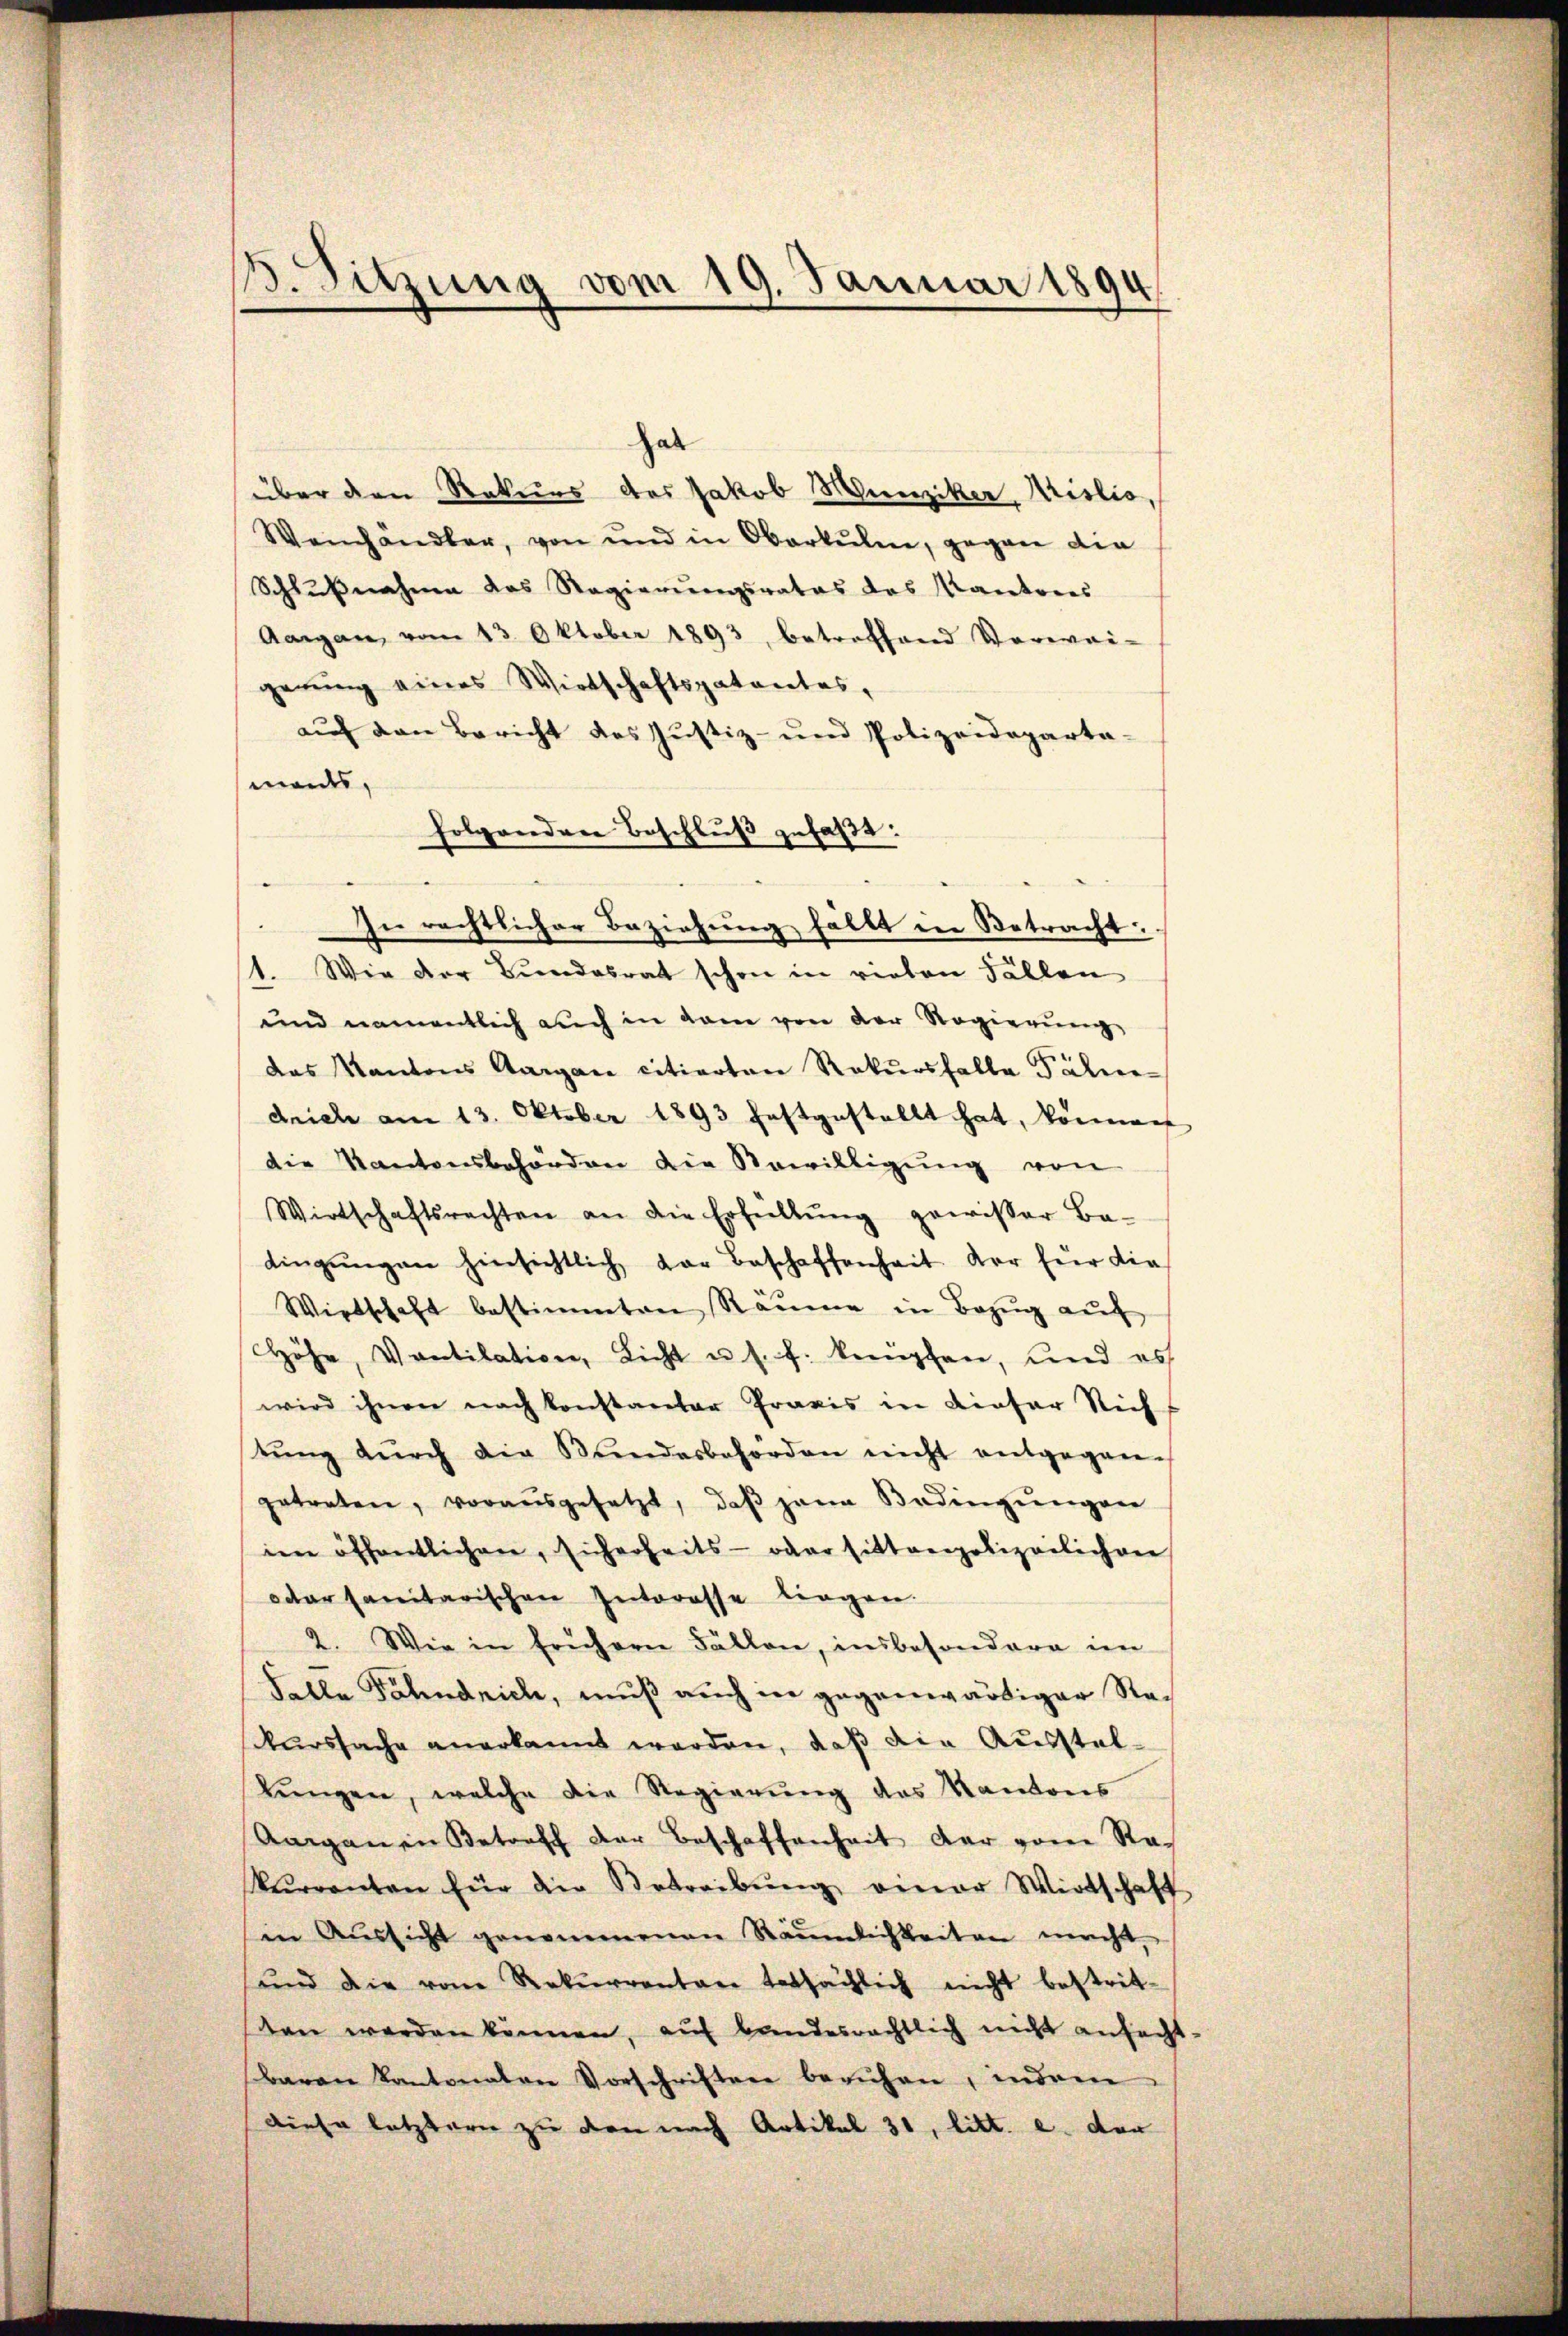
B. Sitzung vom 19. Januar 1894

hat
über den Rekurs des Jakob Hunziker, Missio
Weinhändler, von und in Oberkulin, gegen die
Schlußnahme das Regierungsrates das Kantones
Aargau, vom 13. Oktober 1893, betreffend Verwai-
gerung eines Wirtschaftspatentes,
auf den Bericht des Justiz- und Polizeideparta-
maids,
folgendrer Beschluß gefaßt:
In rechtlicher Beziehung fällt in Betracht:
1. Wie der Bundesrat schon in vielen Fällen
und namentlich auch in dem von der Regierŭng
das Kantons Aargau citierten Rekursfalle Fähren
drich am 13. Oktober 1893 festgestellt hat, können
die Kantonsbehörden die Bewilligung von
Wirtschaftsrechten an die Erfüllŭng gewisser Be-
dingŭngen hinsichtlich der Beschaffenheit vor für die
Wirtschaft bestimmten Räume in Bezŭg aŭf
Höhe, Ventilation, Licht u. s. f. knüpfen, und es
wird ihnen nach konstantor Praxis in dieser Rich
tŭng dŭrch die Bŭndesbehörden nicht entgegen-
getreten, vorausgesetzt, daβ jana Badingŭngen
im öffentlichen, sicherheits- oder sittverpolizeilichen
oder sanitarischen Interesse liegen.
2. Wie in frühern Fällen, insbesondere im
Falle Fahndrich, muß auch in gegenwärtiger Reckurssache anerkannt werden, daß die Ausstel¬
Lungen, welche die Regierung des Kantons
Aarganen Betreff der Beschaffenheit der vom Rakurrenten für die Betreibŭng einer Wirtschaft
in Aŭssicht genommenen Räumlichkeiten macht,
ŭnd die vom Rekŭrrenten tatsächlich nicht bestrit-
sten werden können, auf bundesrechtlich nicht anfecht-
Baron Kantonalen Vorschriften beruhen, indem
diese letztern zu den nach Artikel 31, litt. e. der